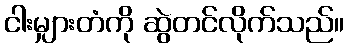
ငါးမျှားတံကို ဆွဲတင်လိုက်သည်။